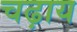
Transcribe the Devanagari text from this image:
चढ़ाय